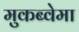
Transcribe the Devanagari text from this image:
मुकब्वेमा